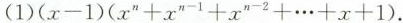
(1) $$( x - 1 ) ( x ^ { n } + x ^ { n - 1 } + x ^ { n - 2 } + \cdots + x + 1 )$$ .